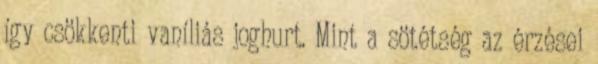
így csökkenti vaníliás joghurt. Mint a sötétség az érzései